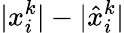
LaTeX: \lvert x_{i}^{k}\rvert-\lvert\hat{x}_{i}^{k}\rvert